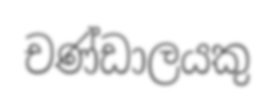
චණ්ඩාලයකු